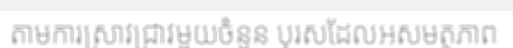
តាមការស្រាវជ្រាវមួយចំនួន បុរសដែលអសមត្ថភាព